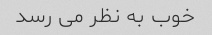
خوب به نظر می رسد